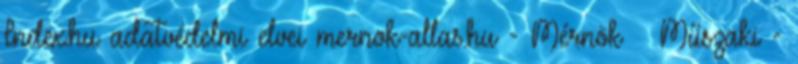
Index.hu adatvédelmi elvei mernok-allas.hu - Mérnök Műszaki -